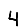
Digit: 4